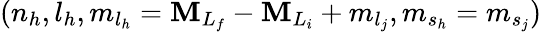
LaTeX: ({n_{h}},{l_{h}},{m}_{{l}_{h}}={\mathbf{M}}_{L_{f}}-{\mathbf{M}}_{L_{i}}+{m}_{l_{j}},{m}_{{s}_{h}}={m}_{s_{j}})